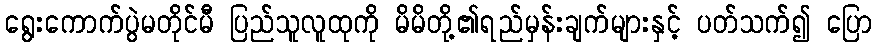
ရွေးကောက်ပွဲမတိုင်မီ ပြည်သူလူထုကို မိမိတို့၏ရည်မှန်းချက်များနှင့် ပတ်သက်၍ ပြော